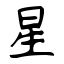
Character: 星